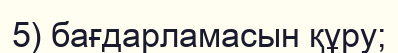
5) бағдарламасын құру;